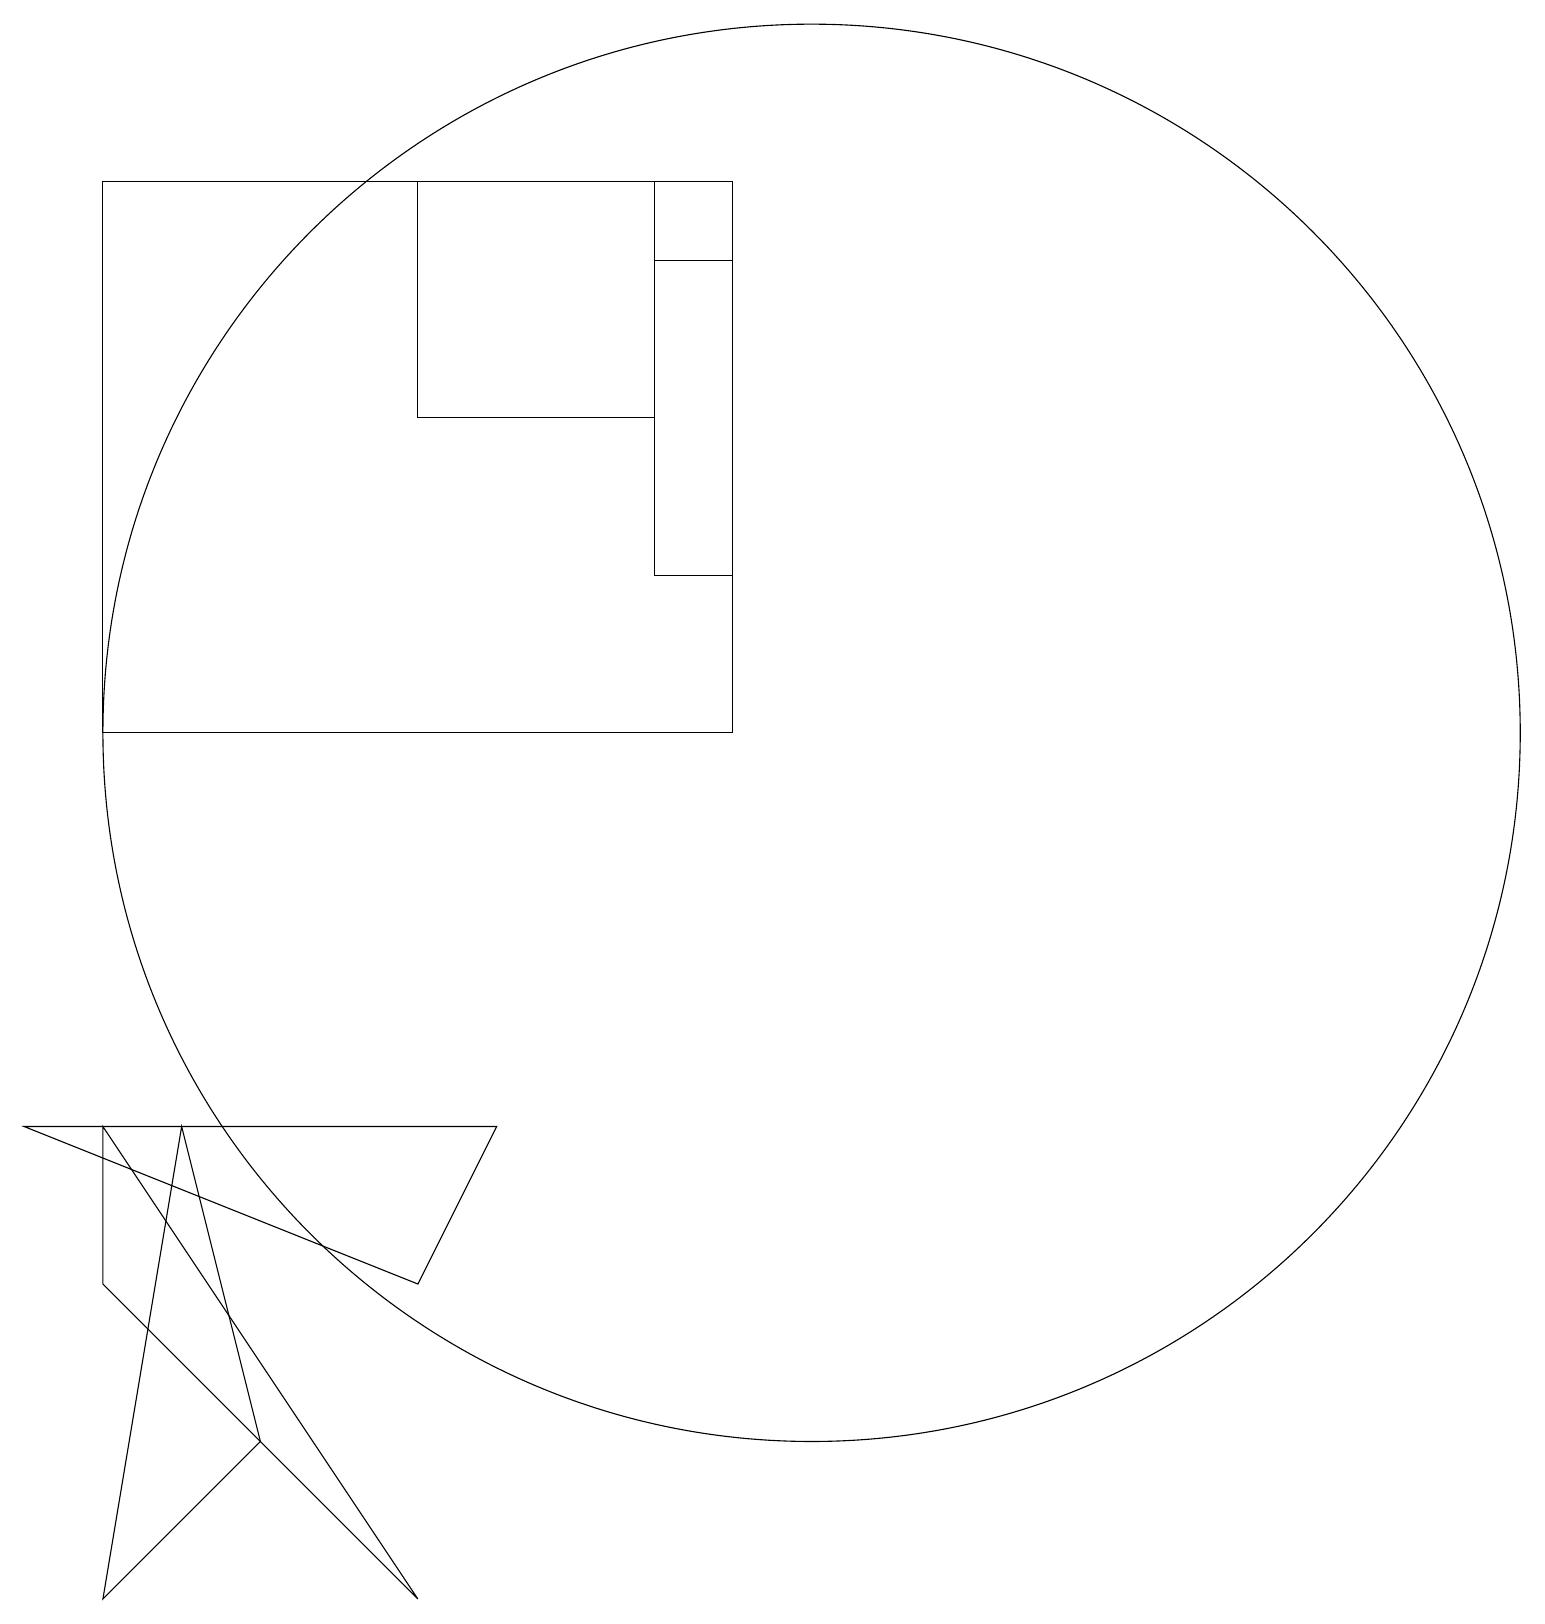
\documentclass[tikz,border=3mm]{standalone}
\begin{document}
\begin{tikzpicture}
\draw (5,19) rectangle (8,16);
\draw (5,5) -- (0,7) -- (6,7) -- cycle;
\draw (1,19) rectangle (9,12);
\draw (2,7) -- (1,1) -- (3,3) -- cycle;
\draw (1,7) -- (5,1) -- (1,5) -- cycle;
\draw (10,12) circle (9);
\draw (8,18) rectangle (9,14);
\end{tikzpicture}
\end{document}